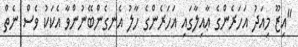
"އިޒޫ މިއަދު އަހަރެންގެ ޢާއިލާގައި އަހަރެންގެ ހާލު އެނގެންބޭނުންވާ އެކަކު ވެސް ނެތް